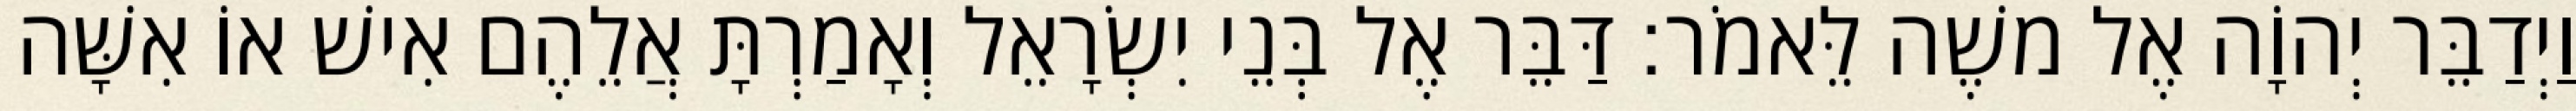
וַיְדַבֵּר יְהוָֹה אֶל משֶׁה לֵּאמֹר׃ דַּבֵּר אֶל בְּנֵי יִשְׂרָאֵל וְאָמַרְתָּ אֲלֵהֶם אִישׁ אוֹ אִשָּׁה